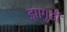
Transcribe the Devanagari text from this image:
झागुर्डी